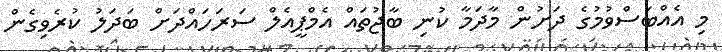
މި އެއްބަސްވުމުގެ ދަށުން މާދަމާ ކުނި ބާޖުތައް އެމްޕީއެލް ސަރަހައްދަށް ބަދަލު ކުރެވިގެން